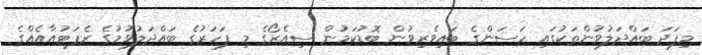
މިފަދަ ބައްދަލުވުންތަކުގައި ހަސަންގެ ބައިވެރިވުން ބޮޑުކަމުން ސިއެރޯގެ މި ފަހަރުގެ ބައްދަލުވުމުގެ ރެޕަޓުއާއެއްގެ